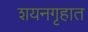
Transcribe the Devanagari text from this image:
शयनगृहात